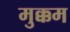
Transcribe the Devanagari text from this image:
मुक्कम